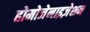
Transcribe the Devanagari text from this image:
होमोजेनाइज़ेशन